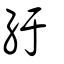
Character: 紆